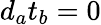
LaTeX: d_{a}t_{b}=0